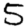
Digit: 5